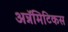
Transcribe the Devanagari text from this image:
अन्नॅमिटिकस